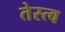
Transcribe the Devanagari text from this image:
तेस्त्व